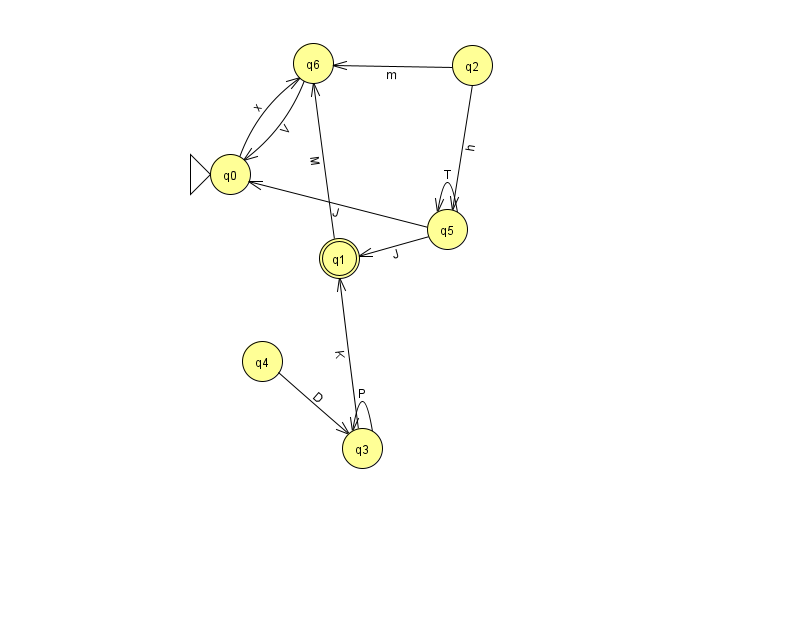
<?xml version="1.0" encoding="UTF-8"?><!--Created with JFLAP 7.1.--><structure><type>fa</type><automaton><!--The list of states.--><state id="0" name="q0"><x>230.0</x><y>161.0</y><initial/></state><state id="1" name="q1"><x>339.0</x><y>245.0</y><final/></state><state id="2" name="q2"><x>472.0</x><y>52.0</y></state><state id="3" name="q3"><x>362.0</x><y>435.0</y></state><state id="4" name="q4"><x>262.0</x><y>348.0</y></state><state id="5" name="q5"><x>447.0</x><y>216.0</y></state><state id="6" name="q6"><x>313.0</x><y>50.0</y></state><!--The list of transitions.--><transition><from>3</from><to>3</to><read>P</read></transition><transition><from>2</from><to>6</to><read>m</read></transition><transition><from>6</from><to>0</to><read>V</read></transition><transition><from>4</from><to>3</to><read>D</read></transition><transition><from>5</from><to>5</to><read>T</read></transition><transition><from>2</from><to>5</to><read>h</read></transition><transition><from>3</from><to>1</to><read>K</read></transition><transition><from>5</from><to>1</to><read>J</read></transition><transition><from>1</from><to>6</to><read>M</read></transition><transition><from>0</from><to>6</to><read>x</read></transition><transition><from>5</from><to>0</to><read>J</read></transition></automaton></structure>